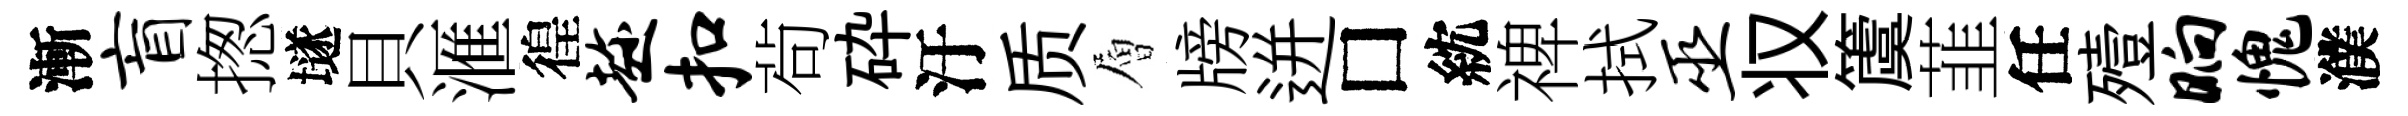
漸盲揔𡑞貝滙徨趁扣茍砕汙质層牓迸□紞禆拭巫𠬧𥵂韮任殪晌愧濮